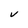
Character: V